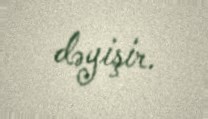
dəyişir.